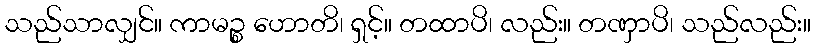
သည်သာလျှင်။ ကာမဉ္စ ဟောတိ၊ ရှင့်။ တထာပိ၊ လည်း။ တဏှာပိ၊ သည်လည်း။